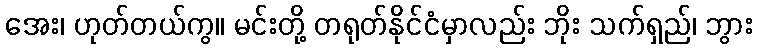
အေး၊ ဟုတ်တယ်ကွ။ မင်းတို့ တရုတ်နိုင်ငံမှာလည်း ဘိုး သက်ရှည်၊ ဘွား